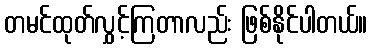
တမင်ထုတ်လွှင့်ကြတာလည်း ဖြစ်နိုင်ပါတယ်။